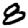
Digit: 8